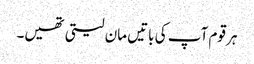
ہر قوم آپ کی باتیں مان لیتی تھیں۔